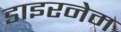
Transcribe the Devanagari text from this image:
डाइरनेम